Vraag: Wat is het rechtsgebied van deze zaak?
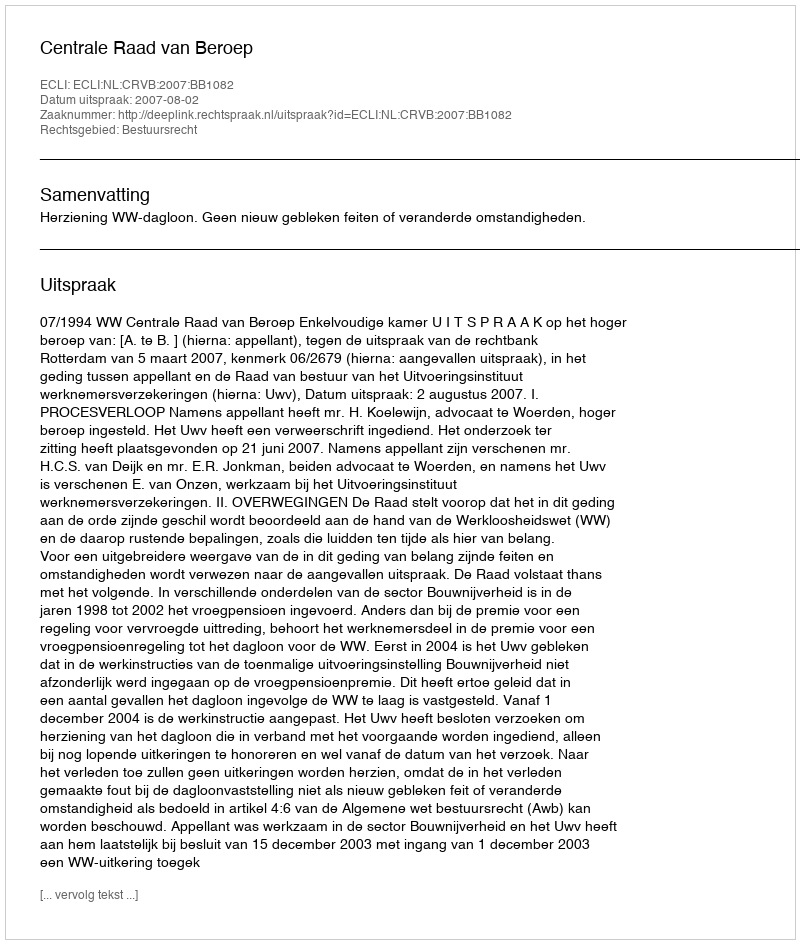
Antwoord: Bestuursrecht